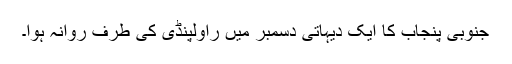
جنوبی پنجاب کا ایک دیہاتی دسمبر میں راولپنڈی کی طرف روانہ ہوا۔